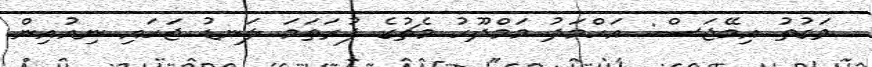
ވަގުތު އިމޭޖަސް: އަހްމަދު މަމްދޫހު މެޗުގެ ފުރަތަމަ ލަނޑު ޖަހައި ނިއުއިން